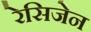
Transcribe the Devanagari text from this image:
रेसिजेन